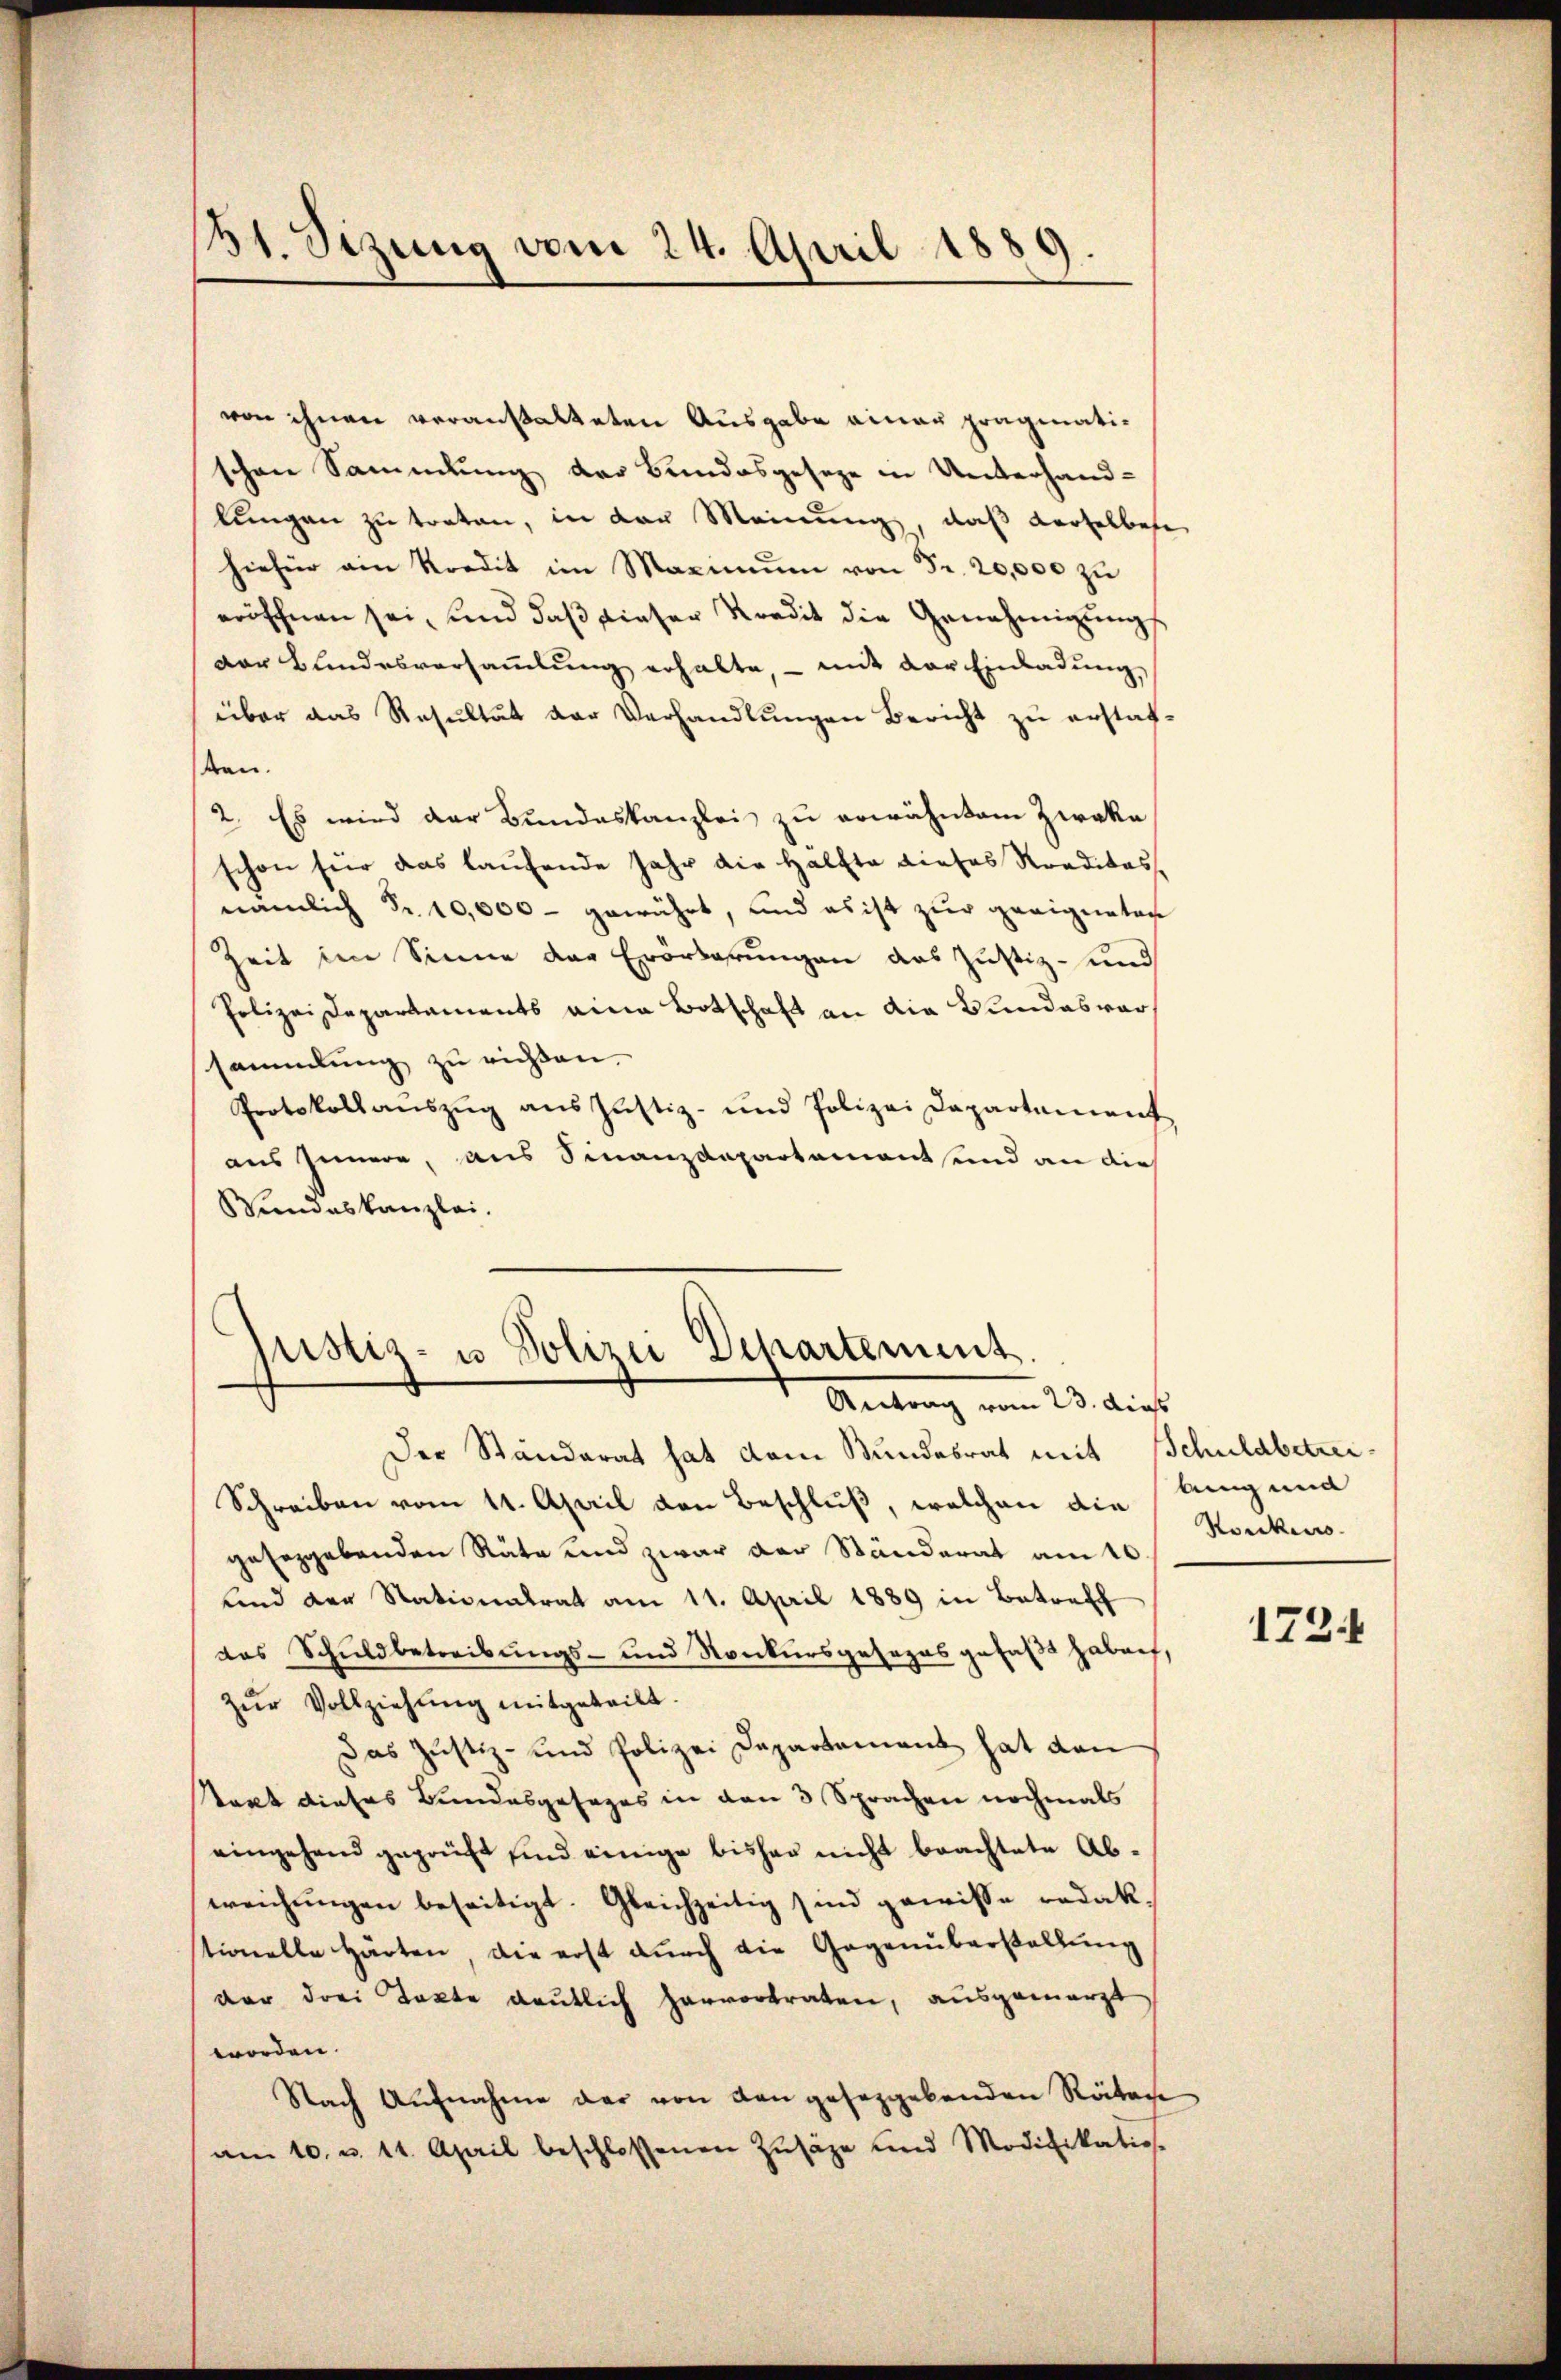
61. Sizung vom 24. April 1889.

von ihnen veranstalteten Ausgabe einer pragmatischen Sammlung der Bundesgeseze in Unterhand-
lŭngen zŭ traten, in der Meinŭng, daβ derselbese
hiefür ain Kredit im Maximŭm von Fr. 20,000 zu
eröffnen sei, und daß dieser Kredit die Genehmigung
Der Bundesversammlung erhalte, – mit der Einladung,
über das Resultät der Verhandlungen Bericht zu erstatten.
2. Es wird der Bundeskanzlei zu erwähntem Zwaka
schon für das laufende Jahr die Halfte dieses Roaditas
nämlich Fr. 10,000 - gewährt, und es ist zur geeigneten
Zeit im Sinne der Erörderungen das Justiz- und
Polizei Departaments eine Botschaft an die Bundesvorssammlung zu richten.
Protokollaŭszŭg ans Justiz- und Polizei Departament
aus Innere, aus Finanzdepartement und an die
Wundeskanzlei.

Justiz- u. Polizei Departement.
Antrag vom 23. dies

Der Ständerat hat dem Bundesrat mit Schuldbetrei¬
Schreiben vom 11. April den Beschluß, welchen die Aug und
geseggebenden Räte und zwar der Ständerat am 10
und der Nationalrat am 11. April 1889 in Betreff
das Schuldbetreibungs- und Konkursgesezes gefaßt haben,
zŭr Vollziehung mitgeteilt.
Das Justiz- und Polizei Departement hat den
Staat dieses Bundesgesages in den 3 Sprachen nochmals
eingehend geprüft sind einige bisher nicht beachtete Abwreichungen beseitigt. Gleichzeitig sind gewisse redak
stionelle Härten, die erst durch die Gegenüberstellung
der drei Takte deutlich hervortraten, ausgemarzt
worden.
Nach Aufnahme der von den geseggebenden Rätere
am 10. u. 11. April beschlossenen Zusätze und Modifikatios.

Nocken.

1724